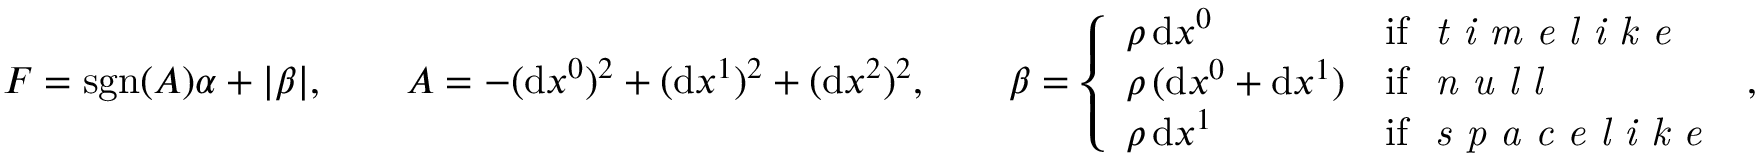
\begin{array} { r } { F = \mathrm { s g n } ( A ) \alpha + | \beta | , \qquad A = - ( \mathrm { d } x ^ { 0 } ) ^ { 2 } + ( \mathrm { d } x ^ { 1 } ) ^ { 2 } + ( \mathrm { d } x ^ { 2 } ) ^ { 2 } , \qquad \beta = \left\{ \begin{array} { l l } { \rho \, \mathrm { d } x ^ { 0 } } & { \mathrm { i f ~ \textit { t i m e l i k e } } } \\ { \rho \, ( \mathrm { d } x ^ { 0 } + \mathrm { d } x ^ { 1 } ) } & { \mathrm { i f ~ \textit { n u l l } } } \\ { \rho \, \mathrm { d } x ^ { 1 } } & { \mathrm { i f ~ \textit { s p a c e l i k e } } } \end{array} \right. , } \end{array}